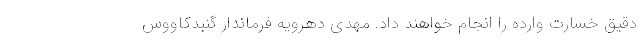
دقیق خسارت وارده را انجام خواهند داد. مهدی دهرویه فرماندار گنبدکاووس